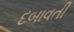
દબાવતી